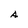
Character: A